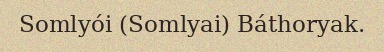
Somlyói (Somlyai) Báthoryak.